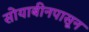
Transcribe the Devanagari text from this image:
सोयाबीनपासून